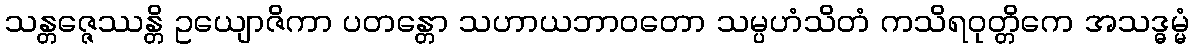
သန္တဇ္ဇေဿန္တိ ဥယျောဇိကာ ပတန္တော သဟာယဘာဝတော သမ္ပဟံသိတံ ကသိရဝုတ္တိကေ အသဒ္ဓမ္မံ